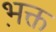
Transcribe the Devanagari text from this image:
भ़क्त